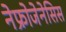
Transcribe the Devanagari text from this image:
नेफ्रोजेनेसिस